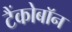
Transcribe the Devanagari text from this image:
टैंकोबाॅन